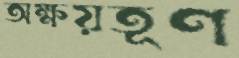
অক্ষয়তূণ